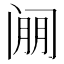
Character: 𰿱